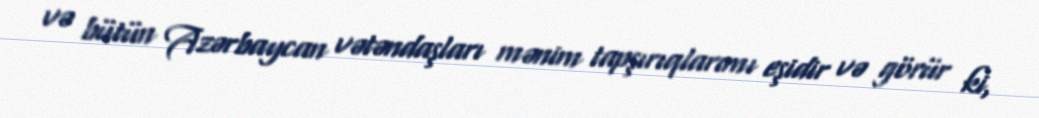
və bütün Azərbaycan vətəndaşları mənim tapşırıqlarımı eşidir və görür ki,